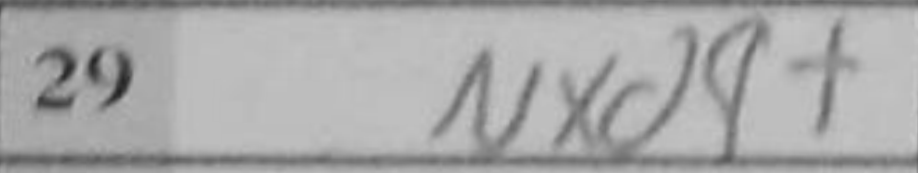
Transcription: Nxd4+